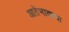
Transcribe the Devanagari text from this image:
आतेभावाचा